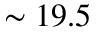
\sim 1 9 . 5